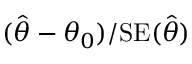
( { \hat { \theta } } - \theta _ { 0 } ) / \mathrm { { S E } } ( { \hat { \theta } } )